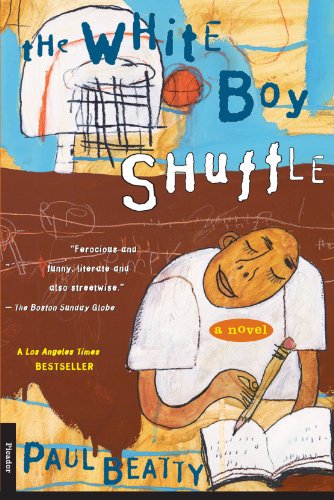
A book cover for The White Boy Shuffle: A Novel; Paul Beatty; Literature & Fiction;